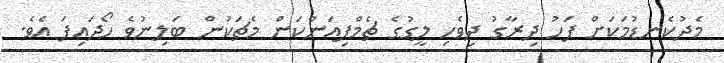
މެދުކެނޑުމަކަށް ފަހު ދިރާގު ދިވެހި ލީގުގެ ޗެމްޕިއަންކަން މެޗަކުން ބަލިނުވެ ހޯދައިފަ އެވެ.